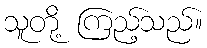
သူတို့ ကြည့်သည်။